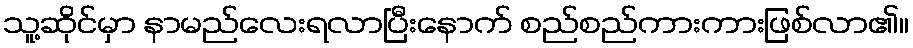
သူ့ဆိုင်မှာ နာမည်လေးရလာပြီးနောက် စည်စည်ကားကားဖြစ်လာ၏။